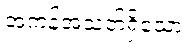
အကန့်အသတ်ရှိသော